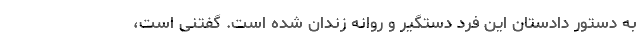
به دستور دادستان این فرد دستگیر و روانه زندان شده است. گفتنی است،